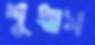
শুধাস